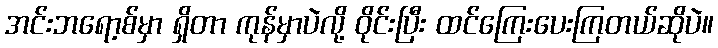
အင်းဘရော့စ်မှာ ရှိတာ ကုန်မှာပဲလို့ ဝိုင်းပြီး ထင်ကြေးပေးကြတယ်ဆိုပဲ။